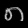
Digit: ၈